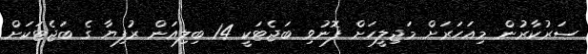
ސަރުކާރުން މިއަހަރަށް މަޖިލީހަށް ފޮނުވި ބަޖެޓަކީ 14 ބިލިއަން ރުފިޔާ ގެ ބަޖެޓަކަށް